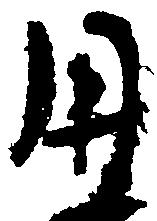
用